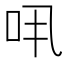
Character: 𠯎